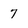
Character: 7